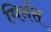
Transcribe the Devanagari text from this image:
मिर्नस